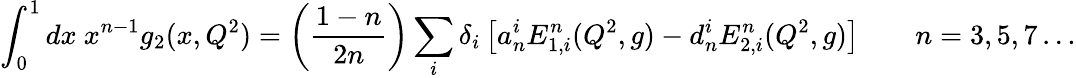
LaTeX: \int_{0}^{1}dx~x^{n-1}g_{2}(x,Q^{2})=\left(\frac{1-n}{2n}\right)\sum_{i}\delta_{i}\left[a_{n}^{i}E_{1,i}^{n}(Q^{2},g)-d_{n}^{i}E_{2,i}^{n}(Q^{2},g)\right]\qquad n=3,5,7\dots